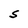
Character: S